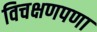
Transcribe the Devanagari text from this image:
विचक्षणपणा